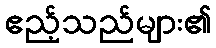
ဧည့်သည်များ၏